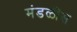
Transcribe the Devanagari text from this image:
मंडळींस